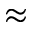
\approx